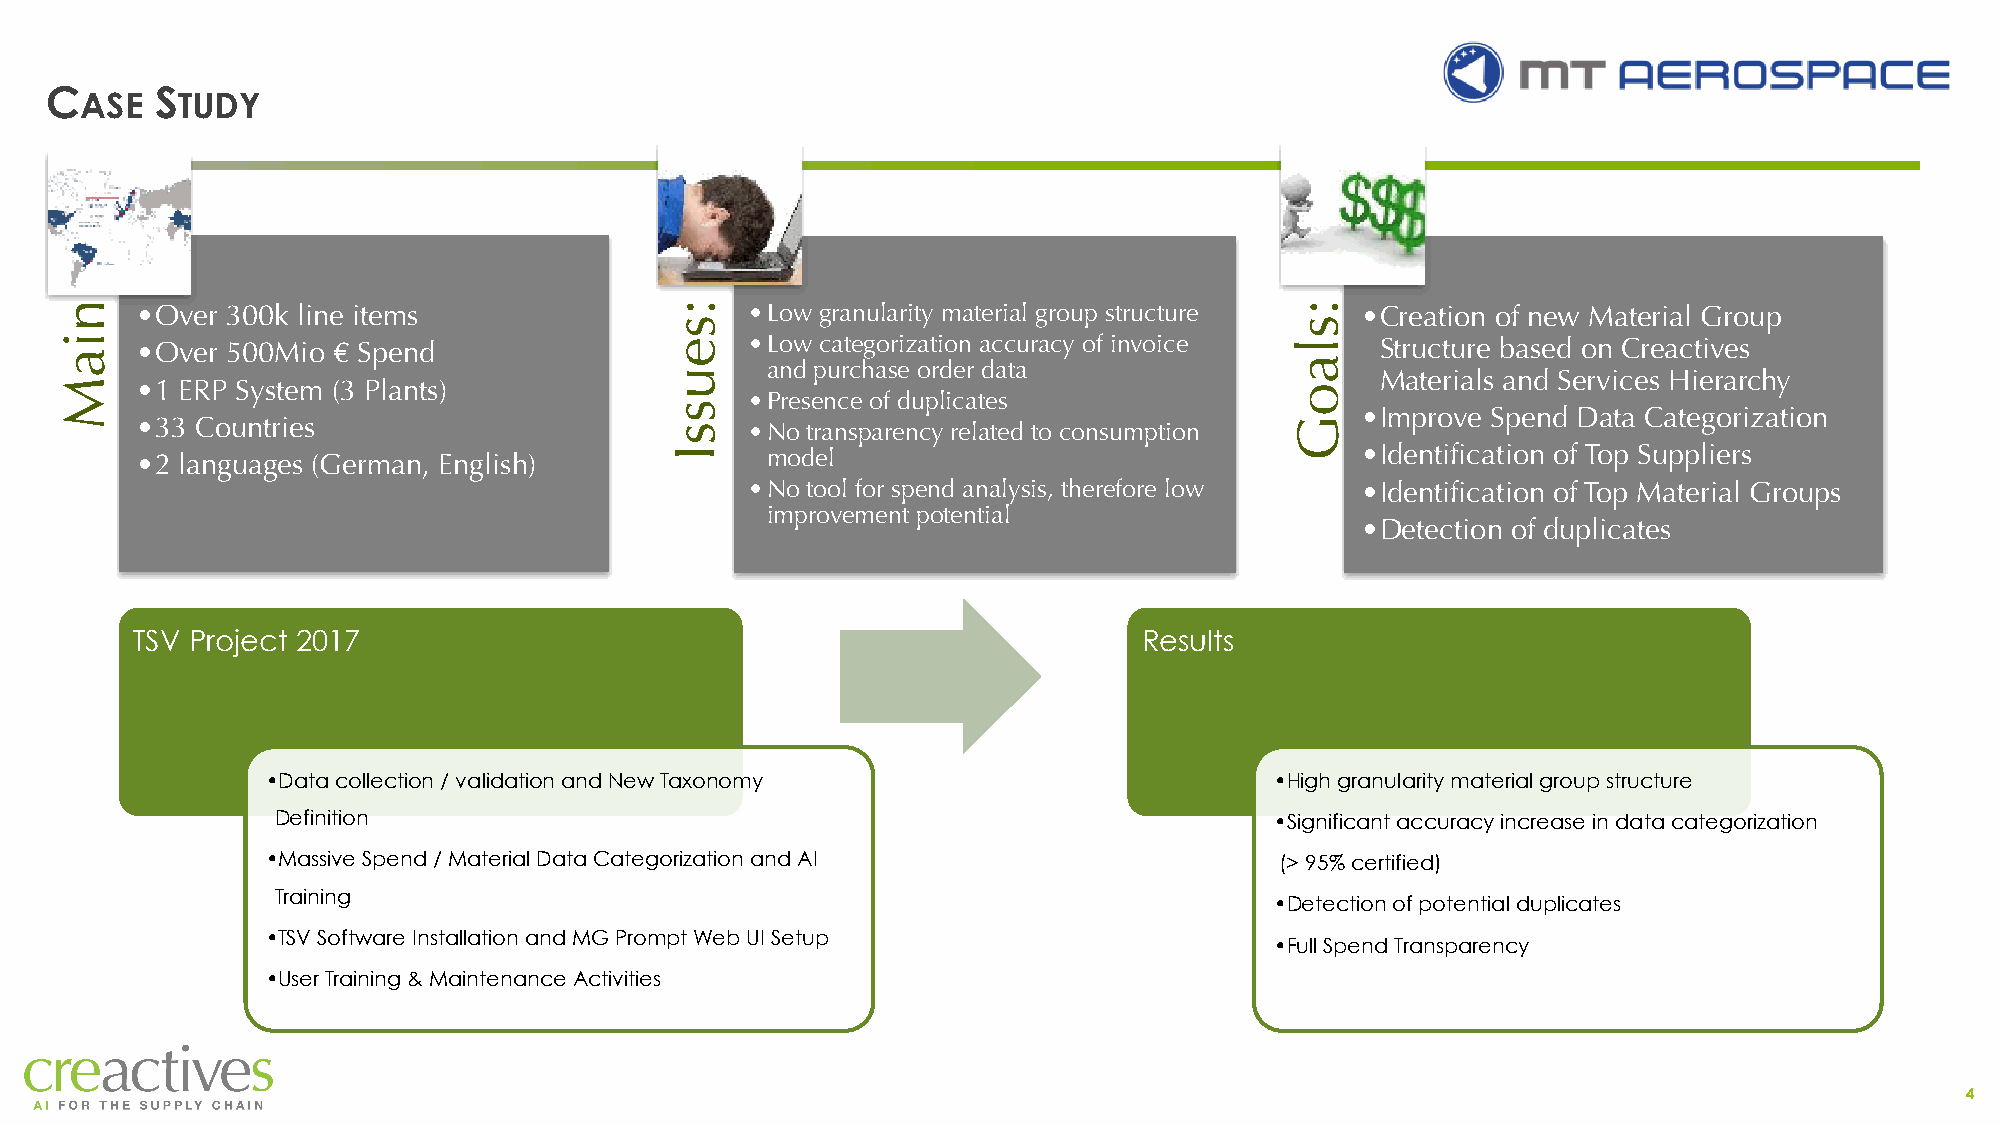
C      S
 ASE    TUDY
 •Over 300k line items                    •Low granularity material group structure •Creation of new Material Group
 •Over 500Mio € Spend                     •Low categorization accuracy of invoice  Structure based on Creactives
 and purchase order data
 Materials and Services Hierarchy
 •1 ERP System (3 Plants)
 •Presence of duplicates
 •Improve Spend Data Categorization
 •33 Countries                            •No transparency related to consumption
 •2 languages (German, English)            model                                  •Identification of Top Suppliers
 •No tool for spend analysis, therefore low •Identification of Top Material Groups
 improvement potential
 •Detection of duplicates
 TSV Project 2017                                                   Results
 •Data collection / validation and New Taxonomy                    •High granularity material group structure
 Definition                                                        •Significant accuracy increase in data categorization
 •Massive Spend / Material Data Categorization and AI               (> 95% certified)
 Training
 •Detection of potential duplicates
 •TSV Software Installation and MG Prompt Web UI Setup
 •Full Spend Transparency
 •User Training & Maintenance Activities
 4
 4
 niaM :serugiF                           :seussI                                   :slaoG